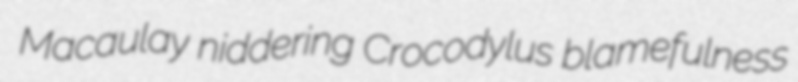
Macaulay niddering Crocodylus blamefulness